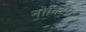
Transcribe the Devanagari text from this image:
नोक्टिस